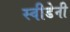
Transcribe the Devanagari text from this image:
स्वीडेनी